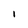
Character: I